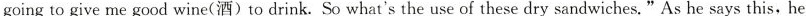
going to give me good wine(酒)to drink. So what's the use of these dry sandwiches."As he says this, he